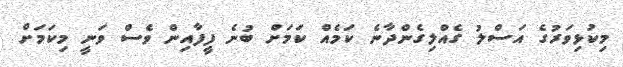
މިކުޅިވަރުގެ އަސްލު ގެއްލިގެންދާނެ ކަމެއް ކަމަށް ބުނެ ފީފާއިން ވެސް ވަނީ މިކަމަށް